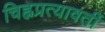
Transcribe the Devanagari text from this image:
चिह्नप्रत्यावर्ती